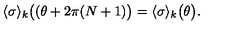
\langle \sigma \rangle _ { k } \bigl ( ( \theta + 2 \pi ( N + 1 ) \bigr ) = \langle \sigma \rangle _ { k } \bigl ( \theta \bigr ) .